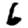
Digit: 6